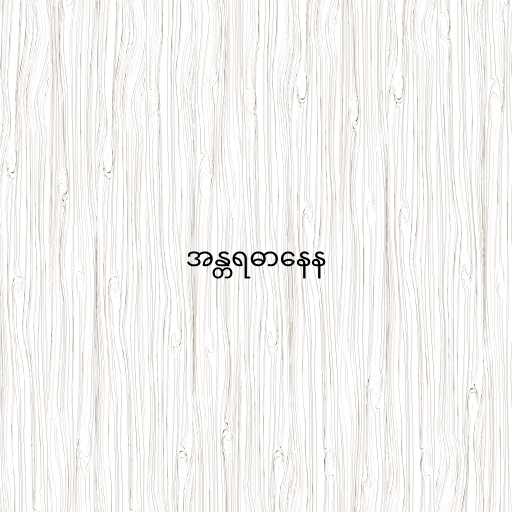
အန္တရဓာနေန